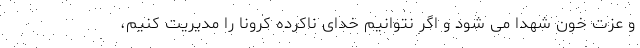
و عزت خون شهدا می شود و اگر نتوانیم خدای ناکرده کرونا را مدیریت کنیم،